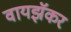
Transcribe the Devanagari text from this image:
वायझॅकर